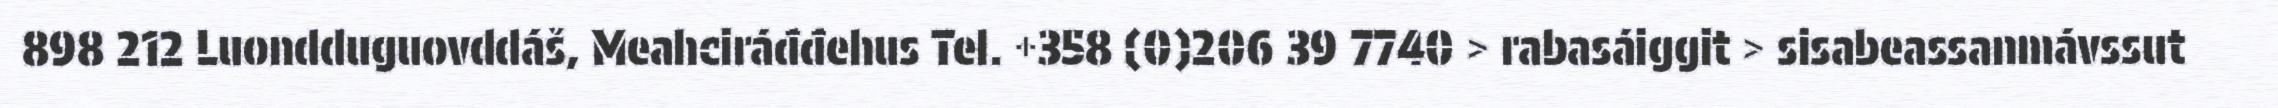
898 212 Luondduguovddáš, Meahciráđđehus Tel. +358 (0)206 39 7740 > rabasáiggit > sisabeassanmávssut